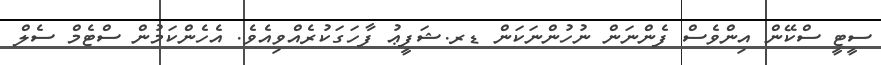
ސީޓީ ސްކޭން އިންވެސް ފެންނަން ނުހުންނަކަން ޑރ.ޝަފީޢު ފާހަގަކުރެއްވިއެވެ. އެހެންކަމުން ސްޓެމް ސެލް